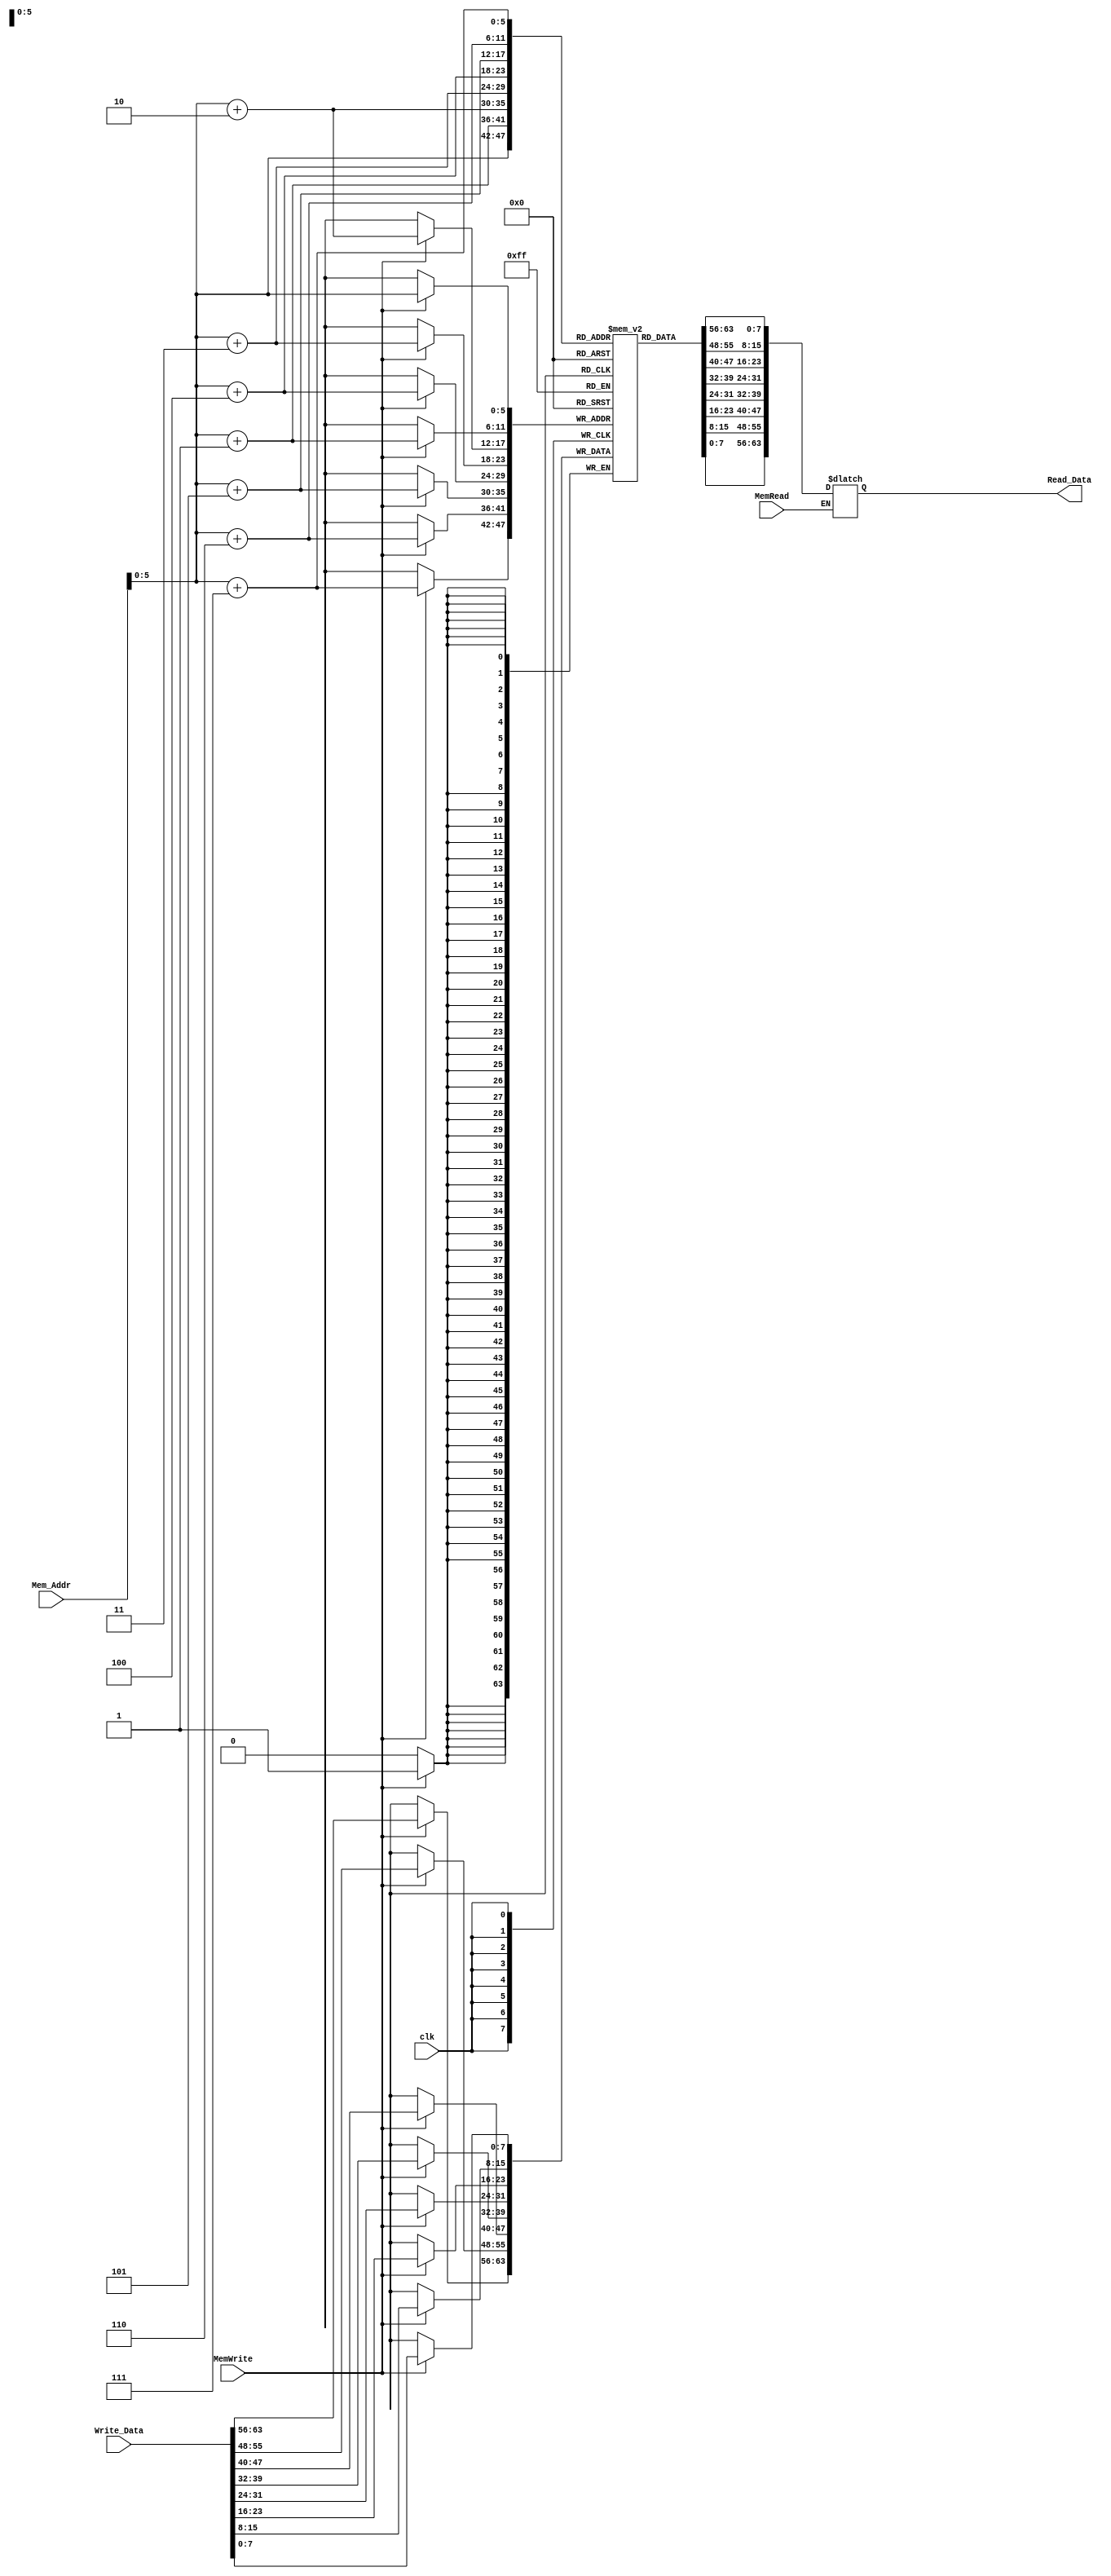
`timescale 1ns / 1ps
//////////////////////////////////////////////////////////////////////////////////
// Company: 
// Engineer: 
// 
// Design Name: 
// Module Name: Data_Memory
// Project Name: 
// Target Devices: 
// Tool Versions: 
// Description: 
// 
// Dependencies: 
// 
// Revision:
// Revision 0.01 - File Created
// Additional Comments:
// 
//////////////////////////////////////////////////////////////////////////////////


module Data_Memory
(
	input [63:0] Mem_Addr,
	input [63:0] Write_Data,
	input clk, MemWrite, MemRead,
	output reg [63:0] Read_Data
);

	reg [7:0] DataMemory [63:0];

	initial
	begin
        DataMemory[0] = 8'd3;
		DataMemory[1] = 8'd0;
		DataMemory[2] = 8'd0;
		DataMemory[3] = 8'd0;
		DataMemory[4] = 8'd0;
		DataMemory[5] = 8'd0;
		DataMemory[6] = 8'd0;
		DataMemory[7] = 8'd0;
		DataMemory[8] = 8'd5;
		DataMemory[9] = 8'd0;
		DataMemory[10] = 8'd0;
		DataMemory[11] = 8'd0;
		DataMemory[12] = 8'd0;
		DataMemory[13] = 8'd0;
		DataMemory[14] = 8'd0;
		DataMemory[15] = 8'd0;
		DataMemory[16] = 8'd4;
		DataMemory[17] = 8'd0;
		DataMemory[18] = 8'd0;
		DataMemory[19] = 8'd0;
		DataMemory[20] = 8'd0;
		DataMemory[21] = 8'd0;
		DataMemory[22] = 8'd0;
		DataMemory[23] = 8'd0;
		DataMemory[24] = 8'd7;
		DataMemory[25] = 8'd0;
		DataMemory[26] = 8'd0;
		DataMemory[27] = 8'd0;
		DataMemory[28] = 8'd0;
		DataMemory[29] = 8'd0;
		DataMemory[30] = 8'd0;
		DataMemory[31] = 8'd0;
		DataMemory[32] = 8'd6;
		DataMemory[33] = 8'd0;
		DataMemory[34] = 8'd0;
		DataMemory[35] = 8'd0;
		DataMemory[36] = 8'd0;
		DataMemory[37] = 8'd0;
		DataMemory[38] = 8'd0;
		DataMemory[39] = 8'd0;
		DataMemory[40] = 8'd8;
		DataMemory[41] = 8'd0;
		DataMemory[42] = 8'd0;
		DataMemory[43] = 8'd0;
		DataMemory[44] = 8'd0 ;
		DataMemory[45] = 8'd0;
		DataMemory[46] = 8'd0;
		DataMemory[47] = 8'd0;
		DataMemory[48] = 8'd0;
		DataMemory[49] = 8'd0;
		DataMemory[50] = 8'd0;
		DataMemory[51] = 8'd0;
		DataMemory[52] = 8'd0;
		DataMemory[53] = 8'd0;
		DataMemory[54] = 8'd0;
		DataMemory[55] = 8'd0;
		DataMemory[56] = 8'd0;
		DataMemory[57] = 8'd0;
		DataMemory[58] = 8'd0;
		DataMemory[59] = 8'd0;
		DataMemory[60] = 8'd0;
		DataMemory[61] = 8'd0;
		DataMemory[62] = 8'd0;
		DataMemory[63] = 8'd0;
	end
	
	always @ (*)
	begin
		if (MemRead)
			Read_Data = {DataMemory[Mem_Addr+7],DataMemory[Mem_Addr+6],DataMemory[Mem_Addr+5],DataMemory[Mem_Addr+4],DataMemory[Mem_Addr+3],DataMemory[Mem_Addr+2],DataMemory[Mem_Addr+1],DataMemory[Mem_Addr]};
	end
	
	always @ (posedge clk)
	begin
		if (MemWrite)
		begin
			DataMemory[Mem_Addr] = Write_Data[7:0];
			DataMemory[Mem_Addr+1] = Write_Data[15:8];
			DataMemory[Mem_Addr+2] = Write_Data[23:16];
			DataMemory[Mem_Addr+3] = Write_Data[31:24];
			DataMemory[Mem_Addr+4] = Write_Data[39:32];
			DataMemory[Mem_Addr+5] = Write_Data[47:40];
			DataMemory[Mem_Addr+6] = Write_Data[55:48];
			DataMemory[Mem_Addr+7] = Write_Data[63:56];
		end
	end
	
endmodule